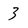
Character: 3